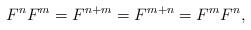
LaTeX: \begin{align*}F^n F^m = F^{n+m} = F^{m+n} = F^m F^n,\end{align*}